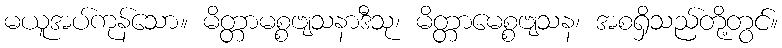
မယူအပ်ကုန်သော။ မိတ္တာမစ္စဗျသနာဒီသု၊ မိတ္တာမေစ္စဗျသန၊ အစရှိသည်တို့တွင်။